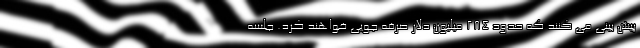
پیش بینی می کنند که حدود ۲۸۴ میلیون دلار صرفه جویی خواهند کرد. جلسه